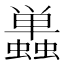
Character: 𬠷